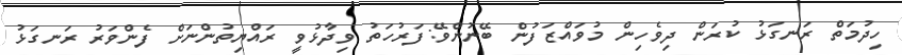
ހިދުމަތް ރަނގަޅު ކުރަން ދިވެހިން މުވައްޒަފުން ބޭނުންވޭ:ފަރުހަތު ވިދާޅުވީ ރައްޔިތުންނަށް ފެންވަރު ރަނގަޅު